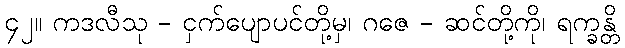
၄၂။ ကဒလီသု - ငှက်ပျောပင်တို့မှ၊ ဂဇေ - ဆင်တို့ကို၊ ရက္ခန္တိ